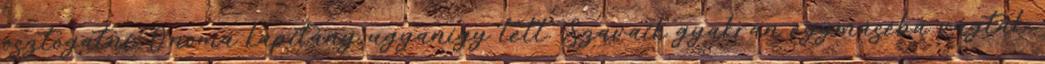
osztogatni. Onoma kapitány ugyanígy tett. Szavaik gyakran egymáséba vágtak.